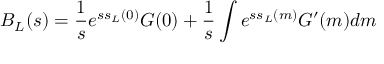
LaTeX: B _ { L } ( s ) = \frac { 1 } { s } e ^ { s s _ { L } ( 0 ) } G ( 0 ) + \frac { 1 } { s } \int e ^ { s s _ { L } ( m ) } G ^ { \prime } ( m ) d m